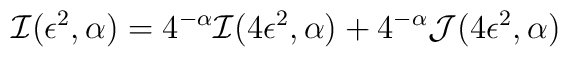
{\cal I}(\epsilon^2,\alpha)=4^{-\alpha} {\cal I}(4 \epsilon^2,\alpha)+4^{-\alpha} {\cal J}(4 \epsilon^2,\alpha)